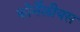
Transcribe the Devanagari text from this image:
कोर्नेलीयस